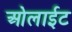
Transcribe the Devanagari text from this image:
ओलाईट